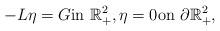
LaTeX: \begin{align*}-L\eta=G\textrm{in}\ \mathbb{R}^{2}_{+},\eta=0\textrm{on}\ \partial\mathbb{R}^{2}_{+}, \end{align*}